Report on horse surra - Volume I
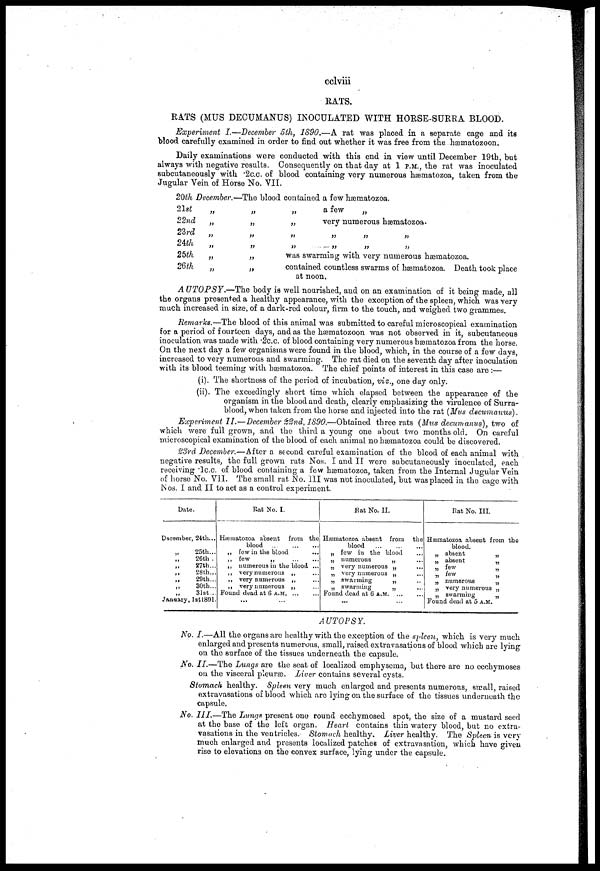
cclviii
RATS.
RATS (MUS DECUMANUS) INOCULATED WITH HORSE-SURRA BLOOD.
Experiment I.—December 5th, 1890.—A rat was placed in a separate cage and its
blood carefully examined in order to find out whether it was free from the hæmatozoon.
Daily examinations were conducted with this end in view until December 19th, but
always with negative results. Consequently on that day at 1P.M., the rat was inoculated
subcutaneously with .2 c.c. of blood containing very numerous hæmatozoa, taken from the
Jugular Vein of Horse No. VII.
20th December.-
21st
22nd
23rd
24th
25th
26th
„
„
..
„
„
„
-The blood
„
„
„
„
„
„
contained a few hæmatozoa.
„
a few
„
„
very numerous hæmatozoa.
„ „ „ „
„ „ „ „
was swarming with very numerous hæmatozoa.
contained countless swarms of hæmatozoa. Death took place
at noon.
AUTOPSY.—The
body is well nourished, and on an examination of it being made, all
the organs presented a healthy appearance, with the exception of the spleen, which was very
much increased in size, of a dark-red colour, firm to the touch, and weighed two grammes.
Remarks.—The blood of this animal was submitted to careful microscopical examination
for a period of fourteen days, and as the hæmatozoon was not observed in it, subcutaneous
inoculation was made with .2c.c. of blood containing very numerous hæmatozoa from the horse.
On the next day a few organisms were found in the blood, which, in the course of a few days,
increased to very numerous and swarming. The rat died on the seventh day after inoculation
with its blood teeming with hæmatozoa. The chief points of interest in this case are :—
(i). The shortness of the period of incubation, viz., one day only.
(ii). The exceedingly short time which elapsed between the appearance of the
organism in the blood and death, clearly emphasizing the virulence of Surra-
blood, when taken from the horse and injected into the rat (Mus decumanus).
Experiment II.—December 22nd, 1890.—Obtained three rats (Mus decumanus), two of
which were full grown, and the third a young one about two months old. On careful
microscopical examination of the blood of each animal no hæmatozoa could be discovered.
23rd December.—After a second careful examination of the blood of each animal with
negative results, the full grown rats Nos. I and II were subcutaneously inoculated, each
receiving .1c.c. of blood containing a few hæmatozoa, taken from the Internal Jugular Vein
of horse No. VII. The small rat No.III was not inoculated, but was placed in the cage with
Nos. I and II to act as a control experiment.
Date.
December, 24th...
„
25th...
26th
27th...
„
28th...
29th...
30th...
31st...
January, 1st 1891.
Rat No. I.
Hæmatozoa absent from the
blood
„ few in the blood
...
„. few
„ numerous in the blood ...
„ very numerous „
„ very numerous „
„ very numerous „
Found dead at 6
A.M.
...
Rat No. II.
Hæmatozoa absent from the
blood
„ few in the blood
„ numerous
„
„ very numerous „
„ very numerous „
„ swarming
„
„ swarming
„
Found dead at 6 A.M
...
Rat No. III.
Hæmatozoa absent from the
blood.
„ absent
„ absent
„ few
„ few
„ numerous
„ very numerous
„ swarming
Found dead at 5 A.M.
„
„
„
„
„
AUTOPSY.
No. I.—All the organs are healthy with the exception of the spleen, which is very much
enlarged and presents numerous, small, raised extravasations of blood which are lying
on the surface of the tissues underneath the capsule.
No. II.—The Lungs are the seat of localized emphysema, but there are no ecchymoses
on the visceral pleuræ. Liver contains several cysts.
Stomach healthy. Spleen very much enlarged and presents numerous, small, raised
extravasations of blood which are lying on the surface of the tissues underneath the
capsule.
No. III.—The Lungs present one round ecchymosed spot, the size of a mustard seed
at the base of the left organ. Heart contains thin watery blood, but no extra-
vasations in the ventricles. Stomach healthy. Liver healthy. The Spleen is very
much enlarged and presents localized patches of extravasation, which have given
rise to elevations on the convex surface, lying under the capsule.